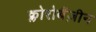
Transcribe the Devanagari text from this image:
क्लोरोबैंज़ीन